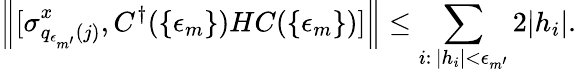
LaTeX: \left\| [\sigma_{q_{\epsilon_{m^{\prime}}}(j)}^{x},C^{\dagger}(\{ \epsilon_{m}\} )HC(\{ \epsilon_{m}\} )]\right\| \leq\sum_{i:\, |h_{i}|<\epsilon_{m^{\prime}}}2|h_{i}|.